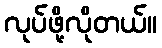
လုပ်ဖို့လိုတယ်။